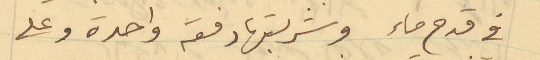
في قدح ماء وشربتها دفعة واحدة وعلى